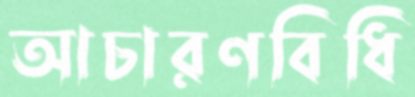
আচারণবিধি